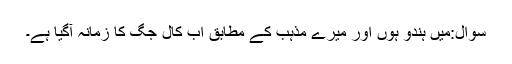
سوال:میں ہندو ہوں اور میرے مذہب کے مطابق اب کال جگ کا زمانہ آگیا ہے۔